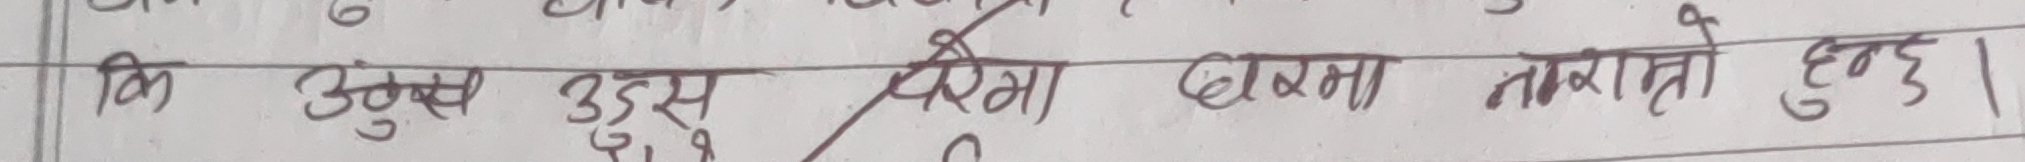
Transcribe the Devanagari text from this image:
कि उबुस उडर दरिना बारेमा नासारो हुन्छ।